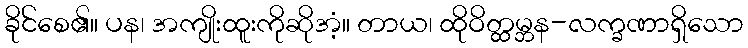
ခိုင်စေ၏။ ပန၊ အကျိုးထူးကိုဆိုအံ့။ တာယ၊ ထိုဝိတ္ထမ္ဘန-လက္ခဏာရှိသော